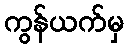
ကွန်ယက်မှ